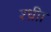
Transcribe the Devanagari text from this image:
श्ध्रीा